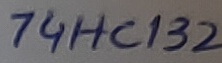
Text: 74HC132